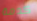
كدمة